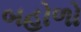
બહોળો